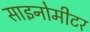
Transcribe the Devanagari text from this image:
साइनोमीटर